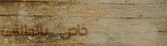
خاص بالطلاب